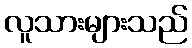
လူသားများသည်